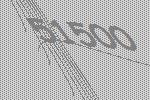
51500